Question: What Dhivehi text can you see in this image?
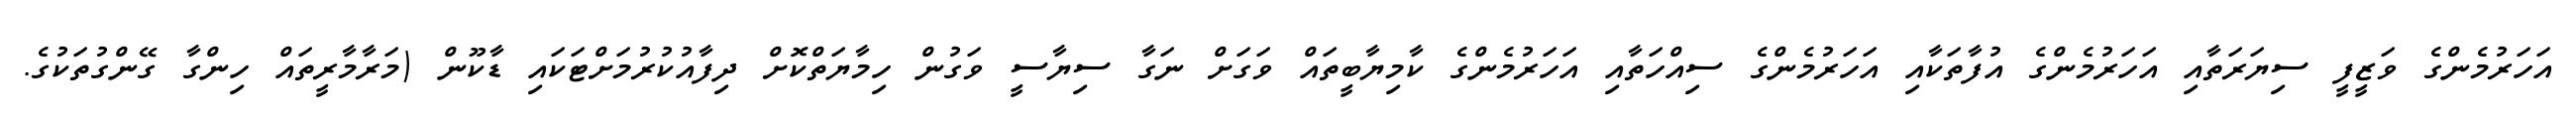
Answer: އަހަރުމެންގެ ވަޒީފީ ސިޔަރަތާއި އަހަރުމެންގެ އުފާތަކާއި އަހަރުމެންގެ ސިއްހަތާއި އަހަރުމެންގެ ކާމިޔާބީތައް ވަގަށް ނަގާ ސިޔާސީ ވަގުން ހިމާޔަތްކޮށް ދިފާއުކުރުމަށްޓަކައި ޑާކޫން (މަރާމާރީތައް ހިންގާ ގޭންގުތަކުގެ.